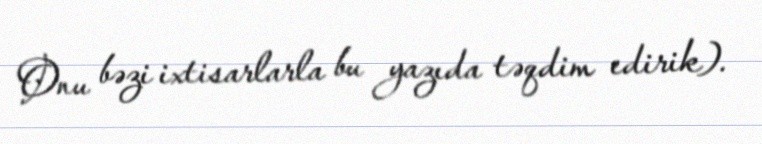
Onu bəzi ixtisarlarla bu yazıda təqdim edirik).